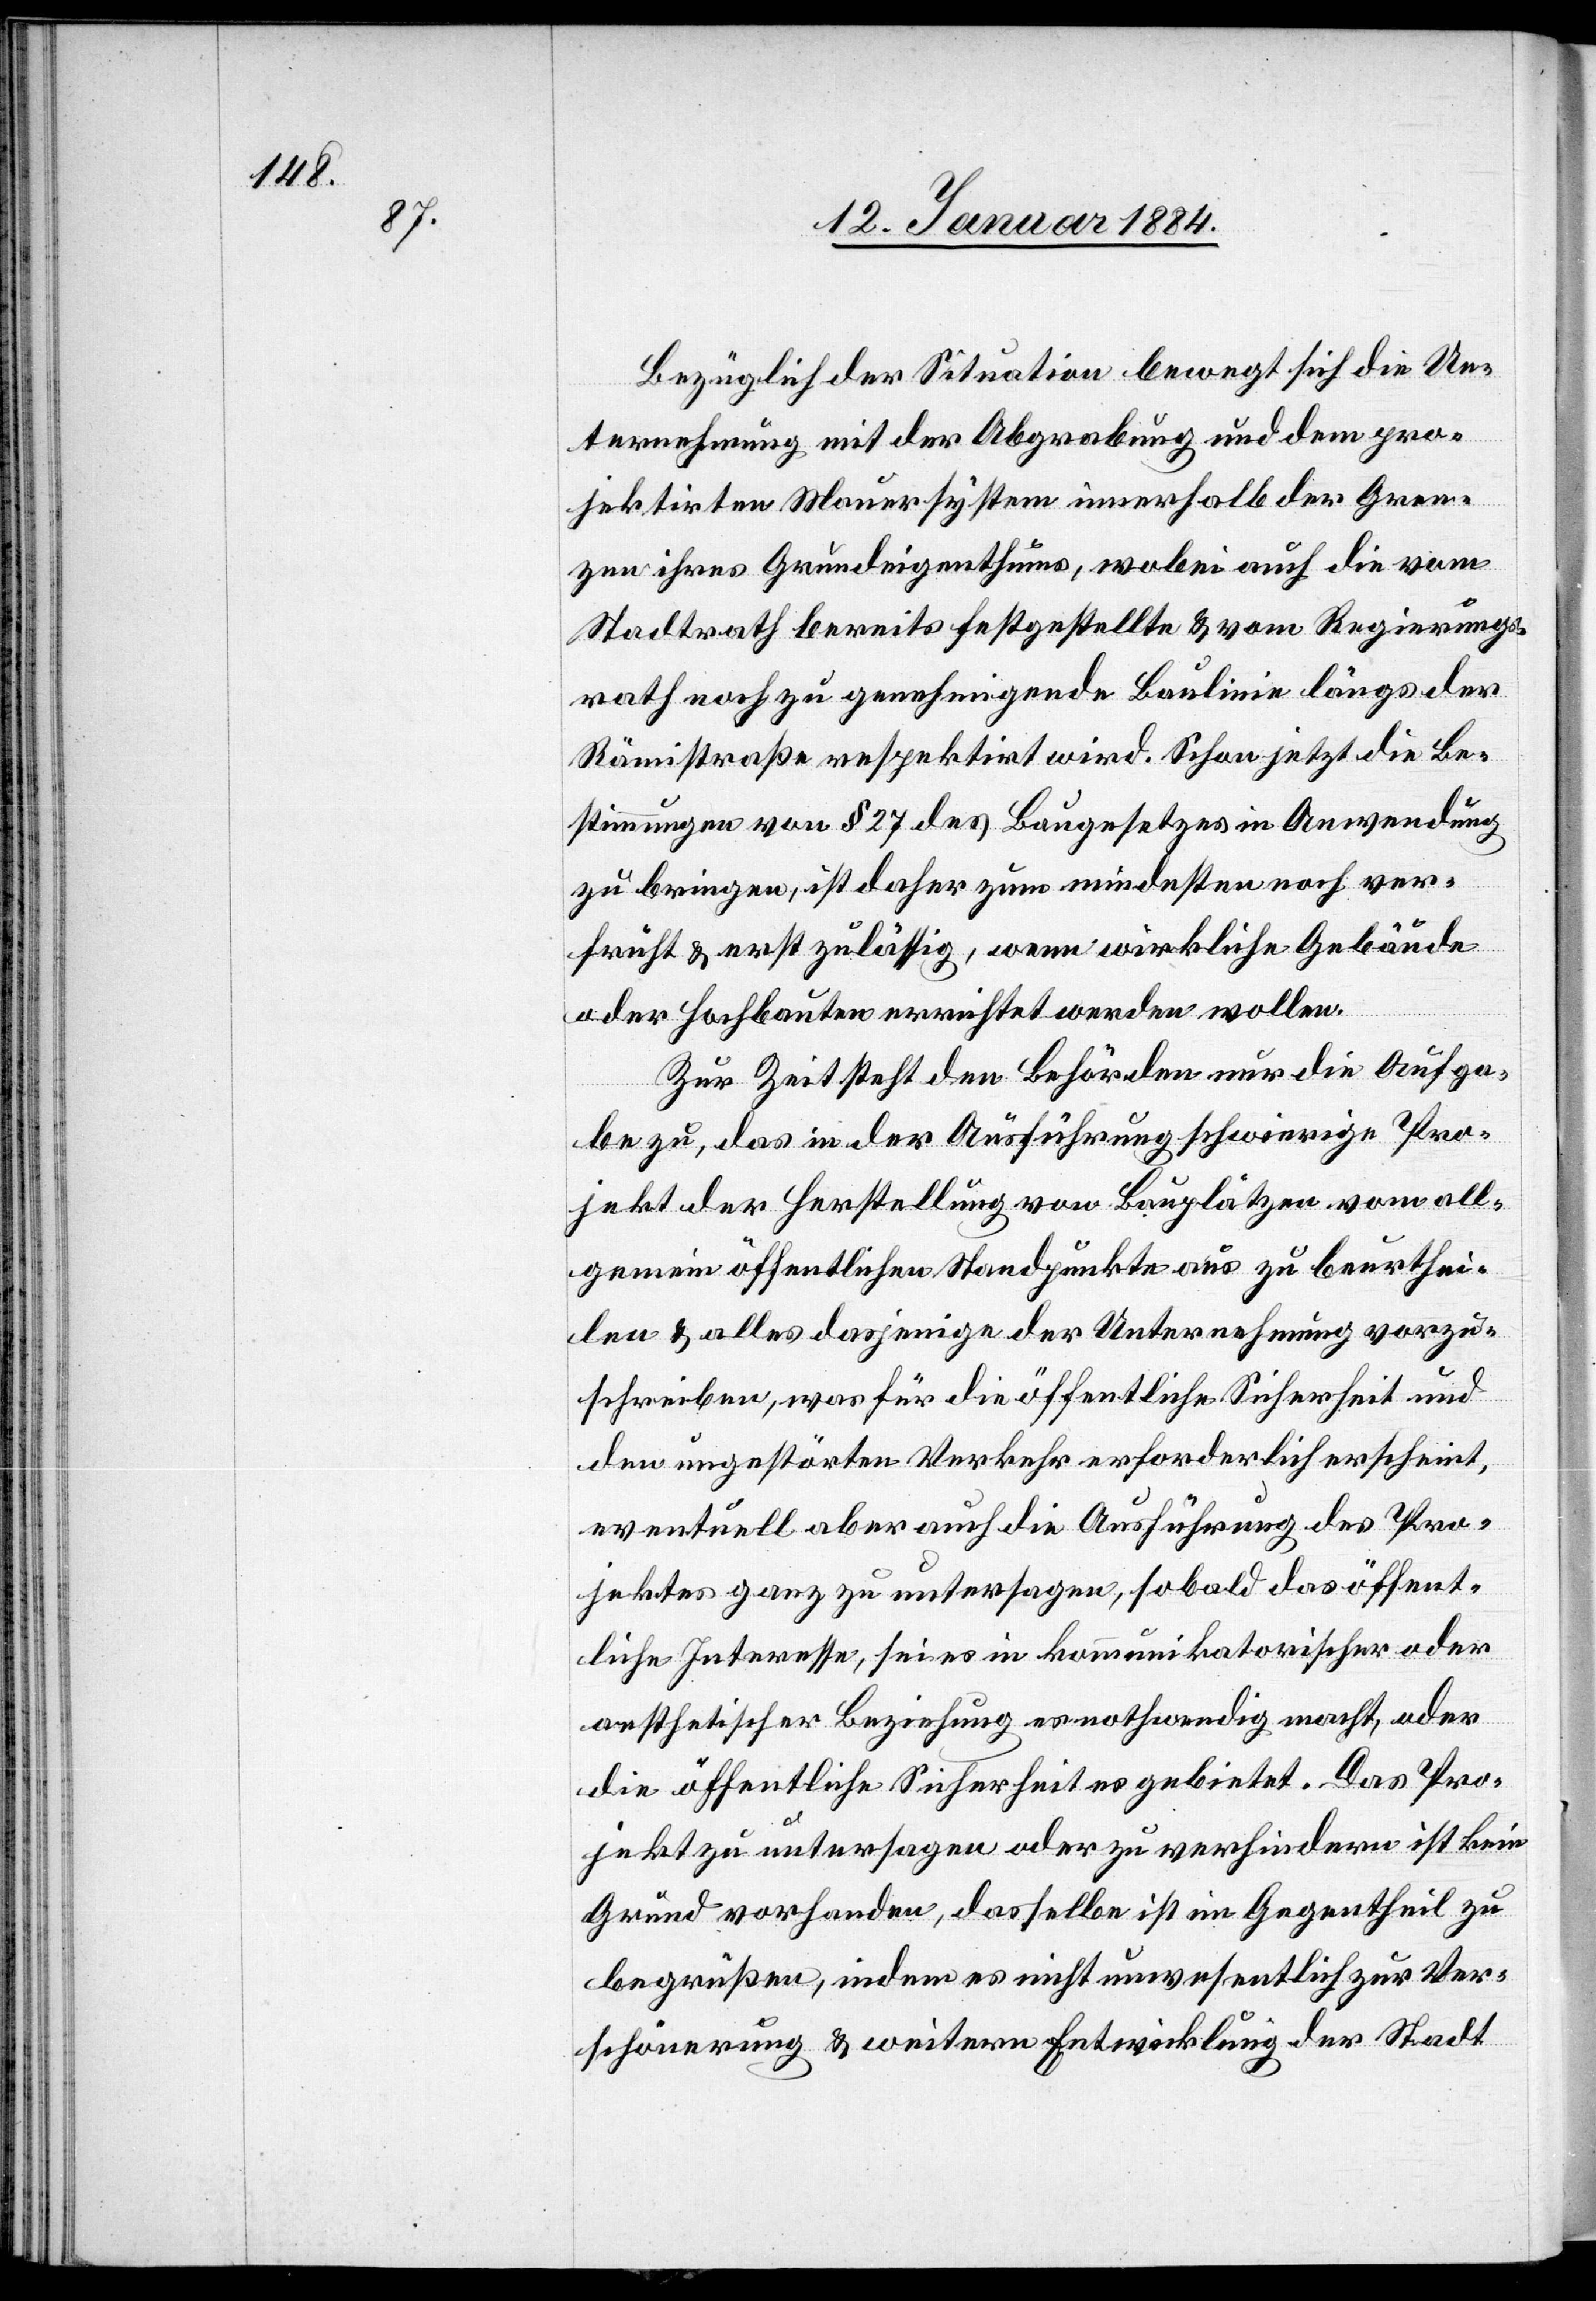
Bezüglich der Situation bewegt sich die Un¬
ternehmung mit der Abgrabung und dem pro¬
jektirten Mauersystem innerhalb der Gren¬
zen ihres Grundeigenthums, wobei auch die vom
Stadtrath bereits festgestellte & vom Regierungs¬
rath noch zu genehmigende Baulinie längs der
Rämistraße respektirt wird. Schon jetzt die Be¬
stimmungen von § 27 des Baugesetzes in Anwendung
zu bringen, ist daher zum mindesten noch ver¬
führt & erst zulässig, wenn wirkliche Gebäude
oder Hochbauten errichtet werden wollen.
Zur Zeit steht den Behörden nur die Aufga¬
be zu, das in der Ausführung schwierige Pro¬
jekt der Herstellung von Bauplätzen vom all¬
gemein öffentlichen Standpunkte aus zu beurthei¬
len & alles dasjenige der Unternehmung vorzu¬
schreiben, was für die öffentliche Sicherheit und
den ungestörten Verkehr erforderlich erscheint,
eventuell aber auch die Ausführung des Pro¬
jekts ganz zu untersagen, sobald das öffent¬
liche Interesse, sei es in kommunikatorischer oder
aesthetischer Beziehung es nothwendig macht, oder
die öffentliche Sicherheit gebietet. Das Pro¬
jekt zu untersagen oder zu verhindern ist kein
Grund vorhanden, dasselbe ist im Gegentheil zu
begrüßen, indem es nicht unwesentlich zur Ver¬
schönerung & weitern Entwicklung der Stadt